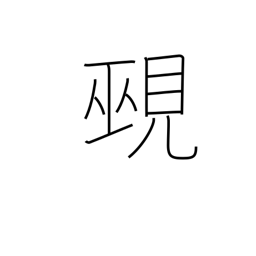
Meaning: diviner